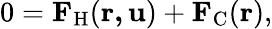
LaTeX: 0=\mathrm{\mathbf{F}_{H}}(\mathbf{r,u})+\mathrm{\mathbf{F}_{C}}(\mathbf{r}),